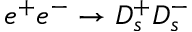
e ^ { + } e ^ { - } \to D _ { s } ^ { + } D _ { s } ^ { - }